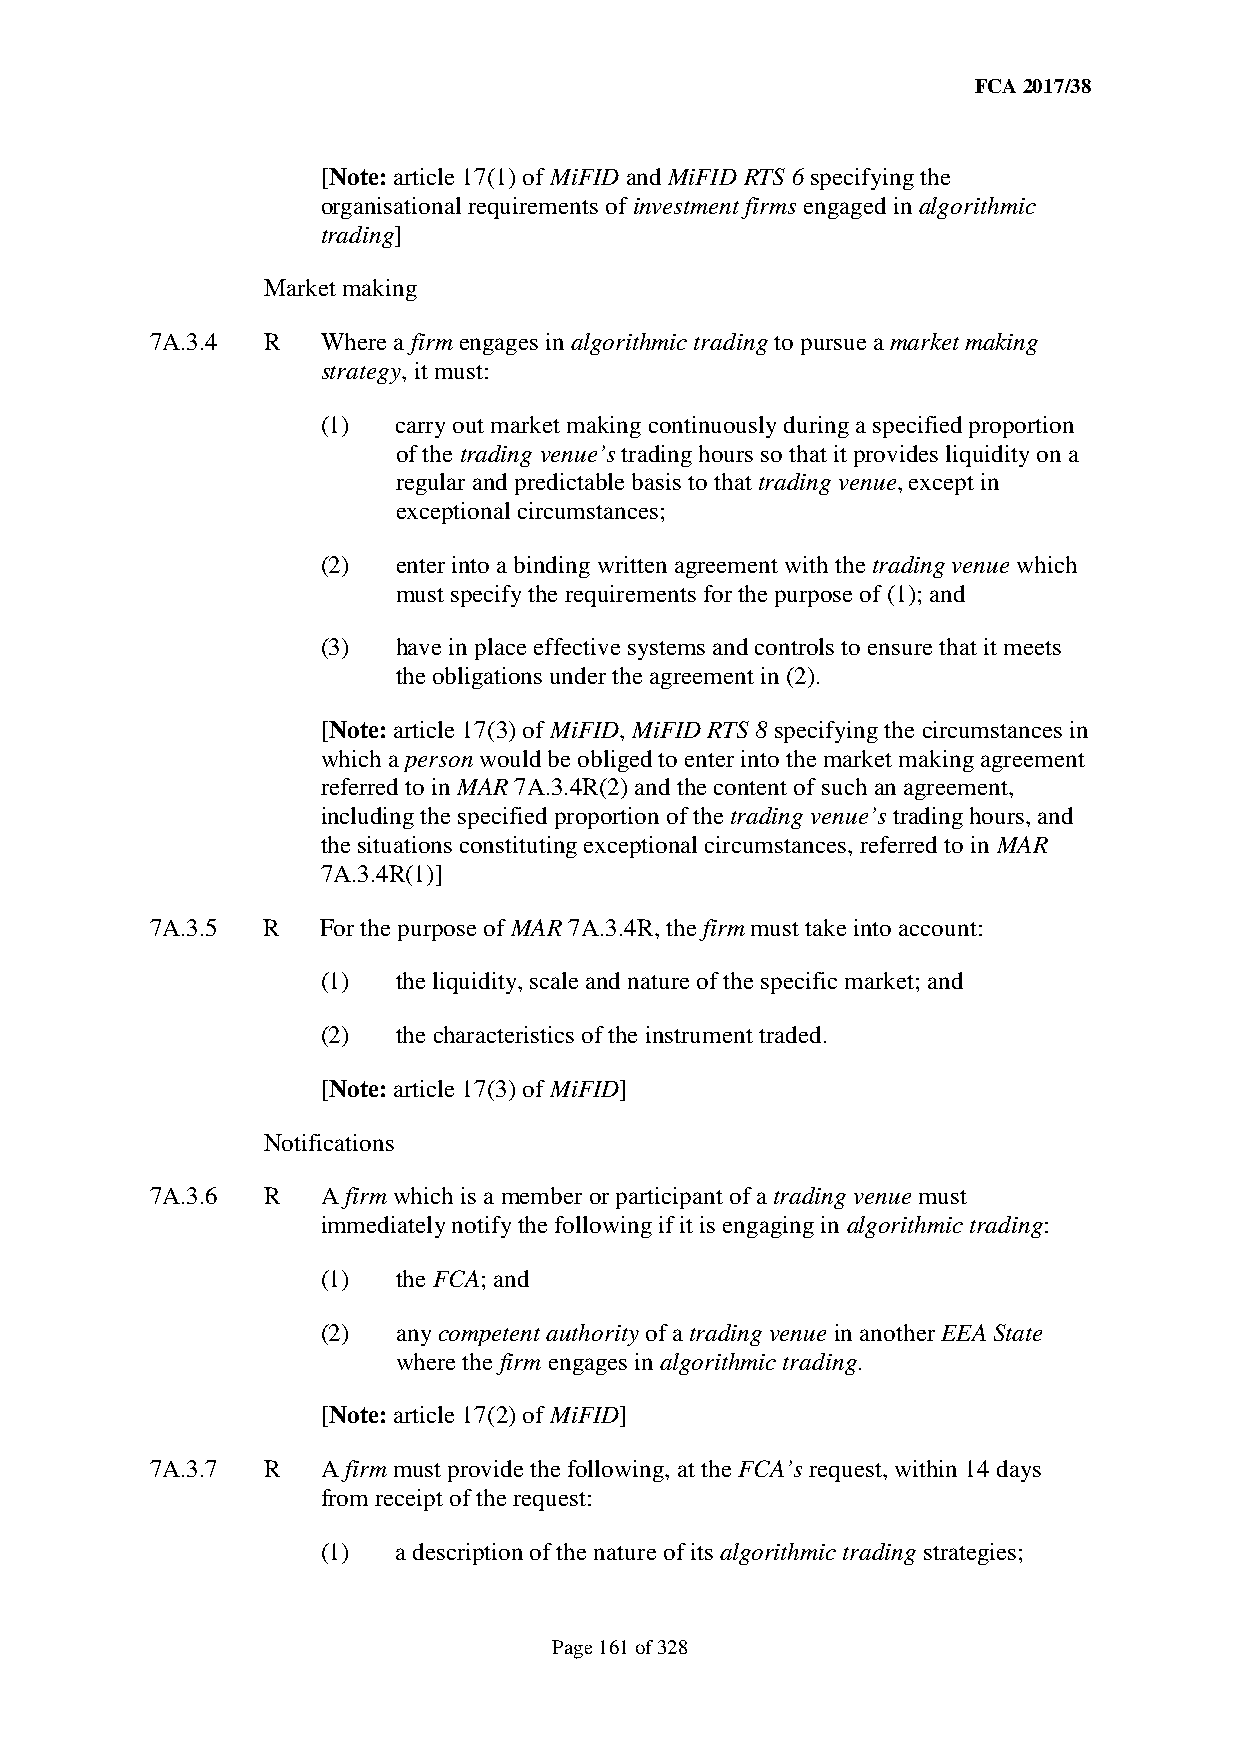
FCA 2017/38
 [Note: article 17(1) of MiFID and MiFID RTS 6 specifying the
 organisational requirements of investment firms engaged in algorithmic
 trading]
 Market making
 7A.3.4 R   Where a firm engages in algorithmic trading to pursue a market making
 strategy, it must:
 (1)  carry out market making continuously during a specified proportion
 of the trading venue’s trading hours so that it provides liquidity on a
 regular and predictable basis to that trading venue, except in
 exceptional circumstances;
 (2)  enter into a binding written agreement with the trading venue which
 must specify the requirements for the purpose of (1); and
 (3)  have in place effective systems and controls to ensure that it meets
 the obligations under the agreement in (2).
 [Note: article 17(3) of MiFID, MiFID RTS 8 specifying the circumstances in
 which a person would be obliged to enter into the market making agreement
 referred to in MAR 7A.3.4R(2) and the content of such an agreement,
 including the specified proportion of the trading venue’s trading hours, and
 the situations constituting exceptional circumstances, referred to in MAR
 7A.3.4R(1)]
 7A.3.5 R   For the purpose of MAR 7A.3.4R, the firm must take into account:
 (1)  the liquidity, scale and nature of the specific market; and
 (2)  the characteristics of the instrument traded.
 [Note: article 17(3) of MiFID]
 Notifications
 7A.3.6 R   A firm which is a member or participant of a trading venue must
 immediately notify the following if it is engaging in algorithmic trading:
 (1)  the FCA; and
 (2)  any competent authority of a trading venue in another EEA State
 where the firm engages in algorithmic trading.
 [Note: article 17(2) of MiFID]
 7A.3.7 R   A firm must provide the following, at the FCA’s request, within 14 days
 from receipt of the request:
 (1)  a description of the nature of its algorithmic trading strategies;
 Page 161 of 328